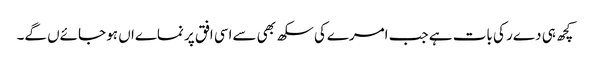
کچھ ہی دےر کی بات ہے جب امرےکی سکھ بھی سےاسی افق پر نماےاں ہو جائےں گے۔